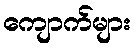
ကျောက်များ